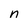
Character: n